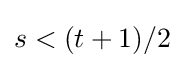
s<(t+1)/2